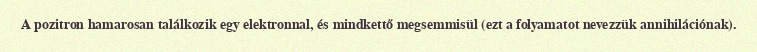
A pozitron hamarosan találkozik egy elektronnal, és mindkettő megsemmisül (ezt a folyamatot nevezzük annihilációnak).